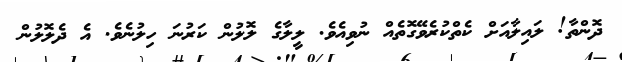
ދޮންތާ! ލައިލާއަށް ކެތްކުރެވޭގޮތެއް ނުވިއެވެ. ލީލާގެ ލޮލުން ކަރުނަ ހިލުނެވެ. އެ ދެލޮލުން